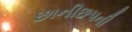
છાનીછપની